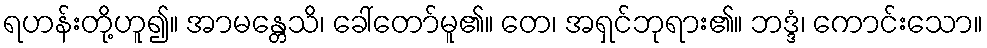
ရဟန်းတို့ဟူ၍။ အာမန္တေသိ၊ ခေါ်တော်မူ၏။ တေ၊ အရှင်ဘုရား၏။ ဘဒ္ဒံ၊ ကောင်းသော။